system: You are a helpful assistant.
user:
Analyze the provided spectrum to determine if it is a **Carbon Star (C-type)**.

- **Key Visual Indicators of Carbon Star:**
    - **(Primary):** Strong molecular absorption from **C₂ (diatomic carbon) "Swan Bands."** This is the **defining feature** of a carbon star.
        - **(Key Bandheads):** Sharp absorption edges are visible at approximately $5635$ Å, $5165$ Å (the strongest band), and $4737$ Å.
        - **(Line Profile):** Creates a distinct **"saw-tooth"** pattern. The key morphology is a sharp, steep bandhead on the **red (long-wavelength) side**, which then gradually tapers off (i.e., flux recovers) towards the **blue (short-wavelength) side**. *(This is the direct opposite of the TiO bands seen in M-type stars)*.

    - **(Secondary):** Intense **CN (cyanogen)** molecular absorption bands.
        - **(Key Bandheads):** Located in the blue and violet regions of the spectrum (e.g., near $4215$ Å and $3883$ Å).
        - **(Morphology):** These bands are extremely broad and act as a "blanket," absorbing the vast majority of blue and violet light. This creates a characteristic **"cliff"** or **"steep drop-off"** in the spectrum's flux at short wavelengths.

    - **(Key Confirmation):** Strong **CH absorption band (G-band)**.
        - **(Key Bandhead):** Located around $4300$ Å. The contribution from CH molecules to this band is exceptionally strong.

    - **(Overall Spectrum):**
        - The continuum is severely "chopped up" by these deep molecular bands, especially C₂, rather than appearing as a smooth curve.
        - Due to the heavy CN and C₂ absorption in the blue-green, the vast majority of the star's flux is concentrated in the red part of the spectrum, giving the star its characteristic deep red color.

Think first, call **spectral_visualization_tool** if needed to examine features in detail, then provide your final answer. Your response must adhere to the following strict rules:
1.  **Overall Structure:** Your response must follow the format `<think>...</think> <tool_call>...</tool_call> (if a tool is used) <answer>...</answer>`.
2.  **Tool Usage Constraint:** You may only make **one** tool call per turn.
3.  **Final Answer Format:** In the `<answer>` tag, your conclusion must be inside a `\boxed{}` command (e.g., `\boxed{YES}`), followed by your justification.

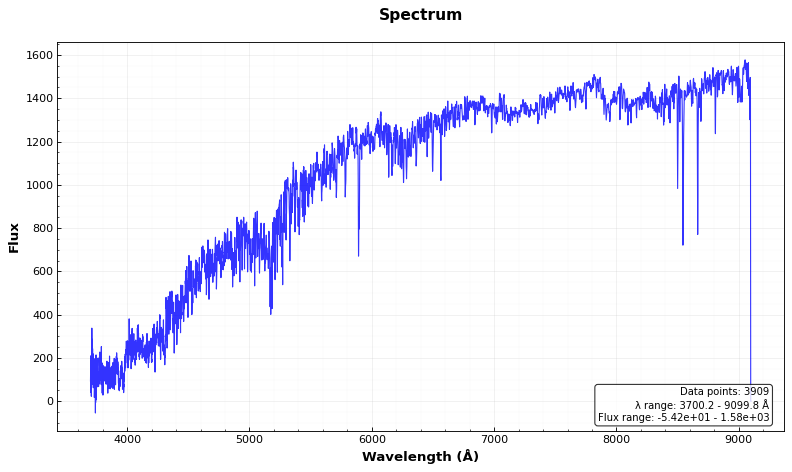
Answer: NO